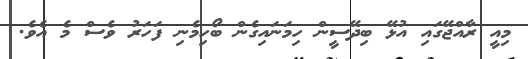
މިއީ ރާއްޖޭގައި އުޅޭ ބިދޭސީން ހިމަނައިގެން ބޯހިމެނި ފަހަރު ވެސް މެ އެވެ.